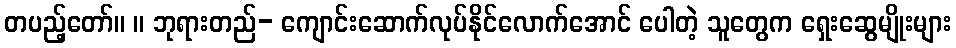
တပည့်တော်။ ။ ဘုရားတည်- ကျောင်းဆောက်လုပ်နိုင်လောက်အောင် ပေါတဲ့ သူတွေက ရှေးဆွေမျိုးများ